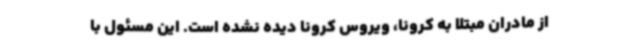
از مادران مبتلا به کرونا، ویروس کرونا دیده نشده است. این مسئول با